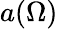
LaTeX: a(\Omega)